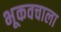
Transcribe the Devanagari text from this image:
भूकवचाला